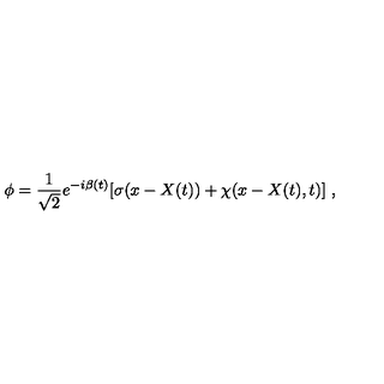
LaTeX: \phi = \frac 1 { \sqrt { 2 } } e ^ { - i \beta ( t ) } [ \sigma ( x - X ( t ) ) + \chi ( x - X ( t ) , t ) ] \ ,